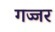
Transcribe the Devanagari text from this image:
गज्जर